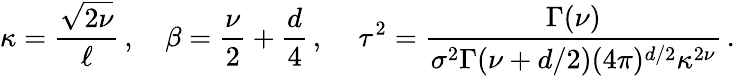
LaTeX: \kappa=\frac{\sqrt{2\nu}}{\ell}\, ,\quad\beta=\frac{\nu}{2}+\frac{d}{4}\, ,\, \quad\tau^{2}=\frac{\Gamma(\nu)}{\sigma^{2}\Gamma(\nu+d/2)(4\pi)^{d/2}\kappa^{2\nu}}\, .